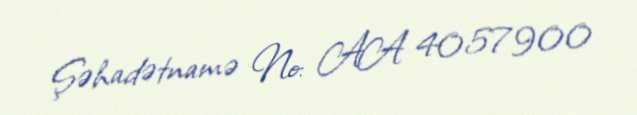
Şəhadətnamə №: AA 4057900